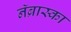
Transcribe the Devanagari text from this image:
नॅब्रास्का